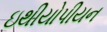
ઇથીયોપીયન